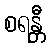
စရန္တီ